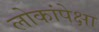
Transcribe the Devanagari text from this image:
लोकांपेक्षा